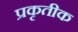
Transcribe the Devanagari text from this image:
प्रकृतीक